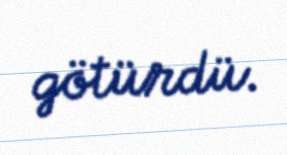
götürdü.